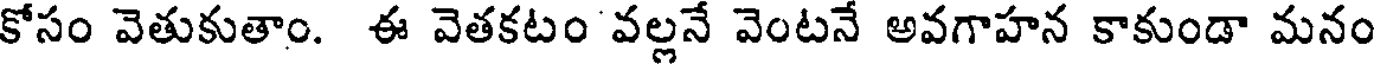
కోసం వెతుకుతాం. ఈ వెతకటం వల్లనే వెంటనే అవగాహన కాకుండా మనం